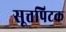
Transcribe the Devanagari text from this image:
सूत्तपिटक